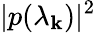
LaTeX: |p(\lambda_{\mathbf{k}})|^{2}